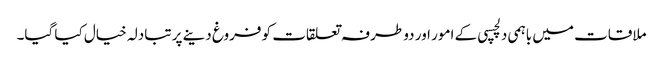
ملاقات میں باہمی دلچسپی کے امور اور دو طرفہ تعلقات کو فروغ دینے پر تبادلہ خیال کیا گیا۔